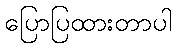
ပြောပြထားတာပါ